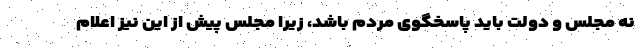
نه مجلس و دولت باید پاسخگوی مردم باشد، زیرا مجلس پیش از این نیز اعلام